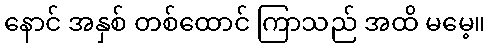
နောင် အနှစ် တစ်ထောင် ကြာသည် အထိ မမေ့။